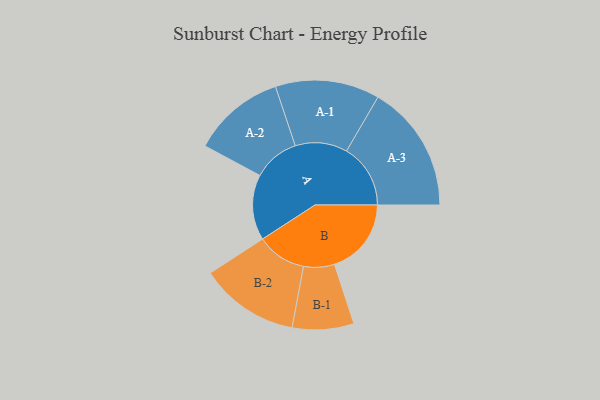
{"axis": {"x": "Segment", "y": "Value"}, "legend": ["", "A", "B"], "data": [{"x": "A", "y": 294, "type": ""}, {"x": "B", "y": 345, "type": ""}, {"x": "A-1", "y": 234, "type": "A"}, {"x": "A-2", "y": 208, "type": "A"}, {"x": "A-3", "y": 287, "type": "A"}, {"x": "B-1", "y": 138, "type": "B"}, {"x": "B-2", "y": 223, "type": "B"}]}